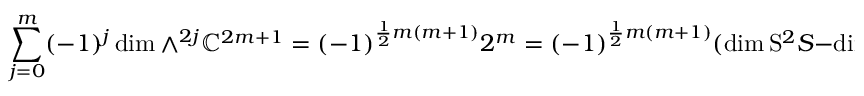
\sum _ { j = 0 } ^ { m } ( - 1 ) ^ { j } \dim \wedge ^ { 2 j } \mathbb { C } ^ { 2 m + 1 } = ( - 1 ) ^ { { \frac { 1 } { 2 } } m ( m + 1 ) } 2 ^ { m } = ( - 1 ) ^ { { \frac { 1 } { 2 } } m ( m + 1 ) } ( \dim \mathrm { S } ^ { 2 } S - \dim \wedge ^ { 2 } S )